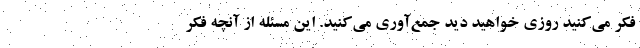
فکر می‌کنید روزی خواهید دید جمع‌آوری می‌کنید. این مسئله از آنچه فکر